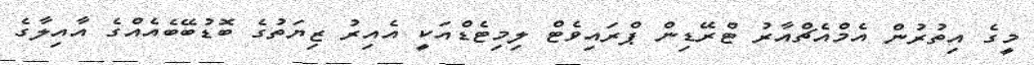
މީގެ އިތުރުން އެމްއެޗްއާރު ޓްރޭޑިން ޕްރައިވެޓް ލިމިޓެޑްއަކީ އެއިރު ޒިޔަތުގެ ބޮޑުބޭބެއެއްގެ އާއިލާގެ